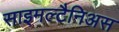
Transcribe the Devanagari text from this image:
साइमल्टैनिअस